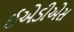
ઈએડીએસ